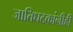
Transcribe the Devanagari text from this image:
जातिघटकांनीही